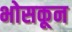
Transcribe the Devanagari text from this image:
भोसकून